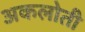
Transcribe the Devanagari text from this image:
अकलोती